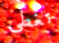
تغطى